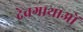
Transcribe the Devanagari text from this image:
देवगाथाओं